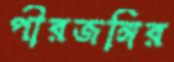
পীরজঙ্গির